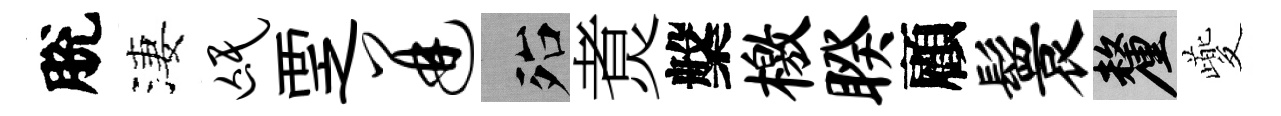
脫淒氓覂迸殆煑槃檄睽顧鬟厘夔